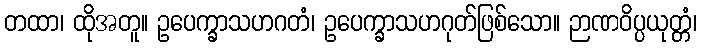
တထာ၊ ထိုအတူ။ ဥပေက္ခာသဟဂတံ၊ ဥပေက္ခာသဟဂုတ်ဖြစ်သော။ ဉာဏဝိပ္ပယုတ္တံ၊